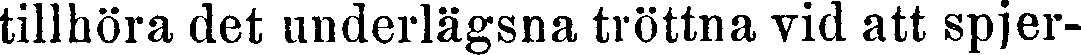
tillhöra det underlägsna tröttna vid att spjer-